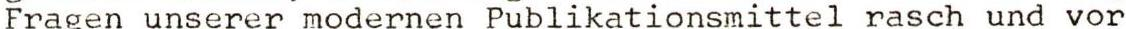
Fragen unserer modernen Publikationsmittel rasch und vor